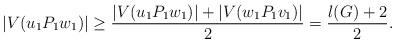
LaTeX: \begin{align*}|V(u_{1}P_{1}w_{1})|\geq \frac{|V(u_{1}P_{1}w_{1})|+|V(w_{1}P_{1}v_{1})|}{2}=\frac{l(G)+2}{2}.\end{align*}